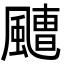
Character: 𩘤